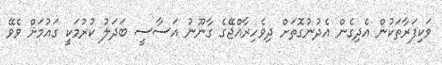
ވަކިފަރާތަކުން އެދިގެން އެދުނުގޮތަށް ދިވެހިރާއްޖޭގެ ގާނޫނު އަސާސީ ބަދަލު ކުރުމަކީ ގައުމަށް ވެވޭ